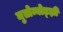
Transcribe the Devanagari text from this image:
मुतोम्बोड्झी